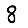
Digit: 8